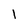
Character: 1